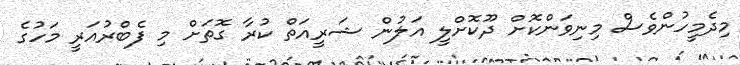
މިދެމީހުންވެސް މިނިވަންކޮށް ދޫކޮށްލީ އަލުން ޝަރީއަތް ކުރާ ގޮތަށް މި ފެބްރުއަރީ މަހުގެ